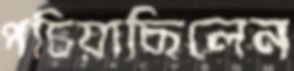
পচিয়াছিলেন